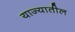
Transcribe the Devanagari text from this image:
याज्यातील